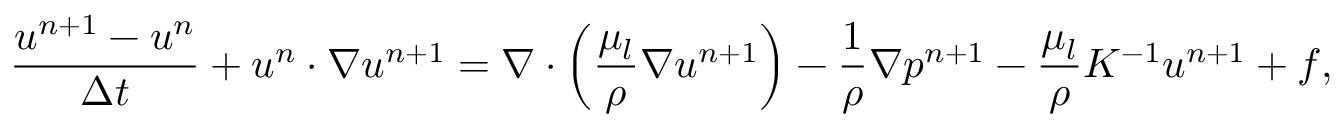
\frac { \boldsymbol { u } ^ { n + 1 } - \boldsymbol { u } ^ { n } } { \Delta t } + \boldsymbol { u } ^ { n } \cdot \nabla \boldsymbol { u } ^ { n + 1 } = \nabla \cdot \left( \frac { \mu _ { l } } { \rho } \nabla \boldsymbol { u } ^ { n + 1 } \right) - \frac { 1 } { \rho } \nabla p ^ { n + 1 } - \frac { \mu _ { l } } { \rho } K ^ { - 1 } \boldsymbol { u } ^ { n + 1 } + \boldsymbol { f } ,